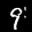
Label: 9